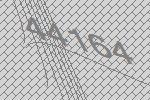
44164